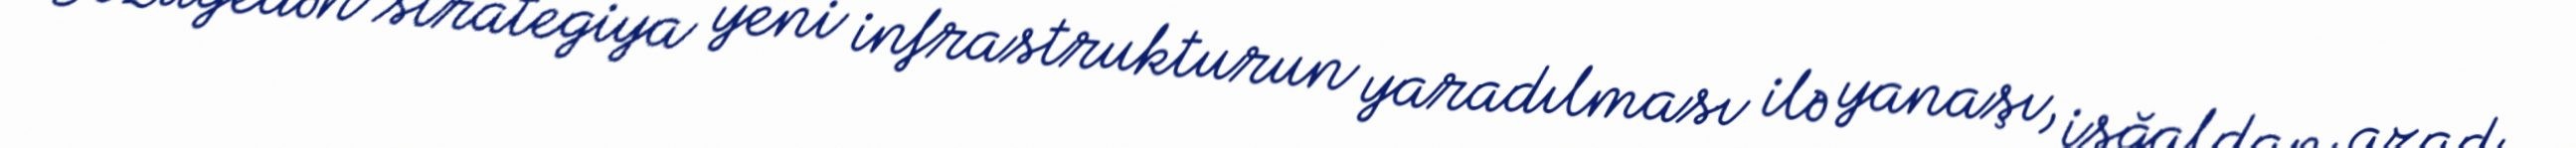
Sözügedən strategiya yeni infrastrukturun yaradılması ilə yanaşı, işğaldan azad